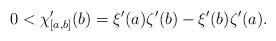
LaTeX: \begin{align*}0<\chi_{[a,b]}'(b)=\xi'(a)\zeta'(b)-\xi'(b)\zeta'(a).\end{align*}